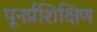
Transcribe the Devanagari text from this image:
पूनर्प्रशिक्षिण